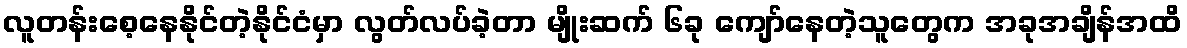
လူတန်းစေ့နေနိုင်တဲ့နိုင်ငံမှာ လွတ်လပ်ခဲ့တာ မျိုးဆက် ၆ခု ကျော်နေတဲ့သူတွေက အခုအချိန်အထိ